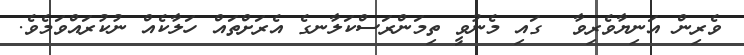
ވެރިން އަނިޔާވެރިވާ  ގައި މެނުވީ ތިމަންރަސްކަލާނގެ އެރަށްތައް ހަލާކެއް ނުކުރައްވަމެވެ.